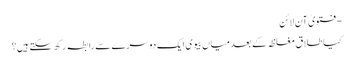
- فتویٰ آن لائن
کیا طلاق مغلظہ کے بعد میاں بیوی ایک دوسرے سے رابطہ رکھ سکتے ہیں؟